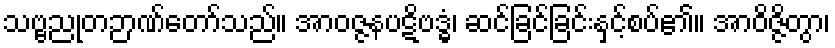
သဗ္ဗညုတဉာဏ်တော်သည်။ အာဝဇ္ဇနပဋိဗဒ္ဓံ၊ ဆင်ခြင်ခြင်းနှင့်စပ်၏။ အာဝိဇ္ဇိတွာ၊